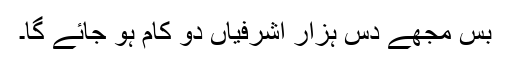
بس مجھے دس ہزار اشرفیاں دو کام ہو جائے گا۔